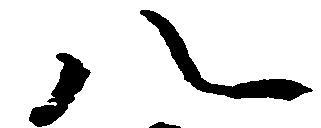
八